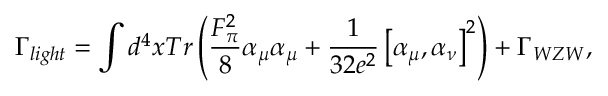
\Gamma _ { l i g h t } = \int d ^ { 4 } x T r \left( { \frac { F _ { \pi } ^ { 2 } } { 8 } } \alpha _ { \mu } \alpha _ { \mu } + { \frac { 1 } { 3 2 e ^ { 2 } } } \left[ \alpha _ { \mu } , \alpha _ { \nu } \right] ^ { 2 } \right) + \Gamma _ { W Z W } ,